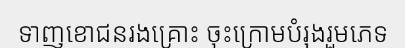
ទាញខោជនរងគ្រោះ ចុះក្រោមបំរុងរួមភេទ